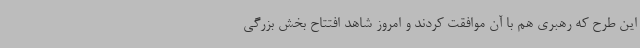
این طرح که رهبری هم با آن موافقت کردند و امروز شاهد افتتاح بخش بزرگی